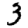
Digit: 3